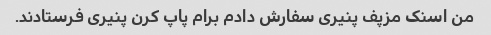
من اسنک مزپف پنیری سفارش دادم برام پاپ کرن پنیری فرستادند.